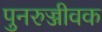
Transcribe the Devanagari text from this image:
पुनरुज्जीवक